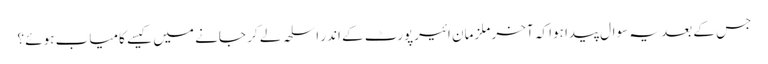
جس کے بعد یہ سوال پیدا ہوا کہ آخر ملزمان ائیرپورٹ کے اندر اسلحہ لے کر جانے میں کیسے کامیاب ہوئے ؟